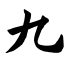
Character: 九